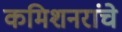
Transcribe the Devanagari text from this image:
कमिशनरांचे